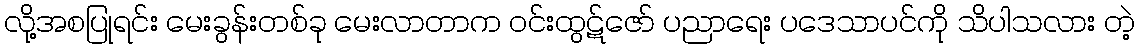
လို့အစပြုရင်း မေးခွန်းတစ်ခု မေးလာတာက ဝင်းထွဋ်ဇော် ပညာရေး ပဒေသာပင်ကို သိပါသလား တဲ့